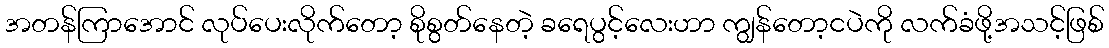
အတန်ကြာအောင် လုပ်ပေးလိုက်တော့ စိုစွတ်နေတဲ့ ခရေပွင့်လေးဟာ ကျွန်တော့ငပဲကို လက်ခံဖို့အသင့်ဖြစ်